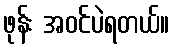
ဖုန်း အဝင်ပဲရတယ်။